Report on certain features of malaria in the island of Salsette
Disease focus: Malaria
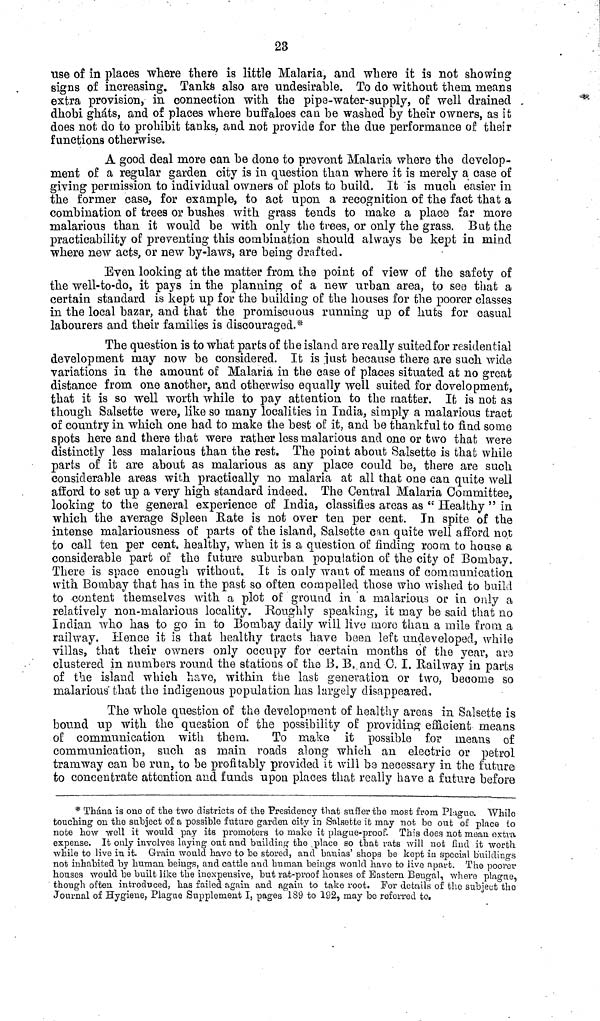
23
use of in places where there is little Malaria, and where it is not showing
signs of increasing. Tanks also are undesirable. To do without them means
extra provision, in connection with the pipe-water-supply, of well drained ,
dhobi gháts, and of places where buffaloes can be washed by their owners, as it
does not do to prohibit tanks, and not provide for the due performance of their
functions otherwise.
A good deal more can be done to prevent Malaria where the develop-
ment of a regular garden city is in question than where it is merely a case of
giving permission to individual owners of plots to build, It is much easier in
the former case, for example, to act upon a recognition of the fact that a
combination of trees, or bushes with grass tends to make a place far more
malarious than it would be with only the trees, or only the grass. But the
practicability of preventing this combination should always be kept in mind
where new acts, or new by-laws, are being drafted.
Even looking at the matter from the point of view of the safety of
the well-to-do, it pays in the planning of a new urban area, to seo that a
certain standard is kept up for the building of the houses for the poorer classes
in the local bazar, and that the promiscuous running up of huts for casual
labourers and their families is discouraged.*
The question is to what parts of the island are really suited for residential
development may now be considered. It is just because there are such wide
variations in the amount of Malaria in the case of places situated at no great
distance from one another, and otherwise equally well suited for development,
that it is so well worth while to pay attention to the matter. It is not as
though Salsette were, like so many localities in India, simply a malarious tract
of country in which one had to make the best of it, and be thankful to find some
spots here and there that were rather less malarious and one or two that were
distinctly less malarious than the rest. The point about Salsette is that while
parts of it are about as malarious as any place could be, there are such
considerable areas with practically no malaria at all that one can quite well
afford to set up a very high standard indeed. The Central Malaria Committee,
looking to the general experience of India, classifies areas as " Healthy " in
which the average Spleen Rate is not over ten per cent. In spite of the
intense malariousness of parts of the island, Salsette can quite well afford not
to call ten per cent, healthy, when it is a question of finding room to house a
considerable part of the future suburban population of the city of Bombay.
There is space enough without. It is only want of means of communication
with Bombay that has in the past so often compelled those who wished to build
to -content themselves with a plot of ground in a malarious or in only a
relatively non-malarious locality. Roughly speaking, it may be said that no
Indian who has to go in to Bombay daily will live more than a mile from a
railway, Hence it is that healthy tracts have been left undeveloped, while
villas, that their owners only occupy for certain months of the year, aro
clustered in numbers round the stations of the B, B, and 0. I. Railway in parts
of the island which have, within the last generation or two, become so
malarious that the indigenous population has largely disappeared.
The whole question of the development of healthy areas in Salsette is
bound up with the question of the possibility of providing efficient means
of communication with them.
To make it possible for means of
communication, such as main roads along which an electric or petrol
tramway can be run, to be profitably provided it will be necessary in the future
to concentrate attention and funds upon places that really have a futura before
* Thána is one of the two districts of the Presidency that suffer the most from Plague. While
touching on the subject of a possible future garden city in Salsette it may not be out of place to
note how well it would pay its promoters to make it plague-proof. This does not mean extra
expense. It only involves laying out and building the place so that rats will not find it worth
while to live in it. Grain would havo to be stored, and banias' shops be kept in special buildings
not inhabited by human beings, and cattle and human beings would have to iivo apart. The poorer
houses would be built like the inexpensive, but rat-proof houses of Eastern Bengal, where plague,
though often introduced, has failed again and again to take root. For details of the subject the
Journal of Hygiene, Plague Supplement I, pages 189 to 192, may be referred to.